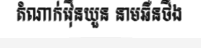
តំណាក់វ៉ើនយួន នាមឆឺនថឹង